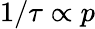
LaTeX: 1/\tau\propto p